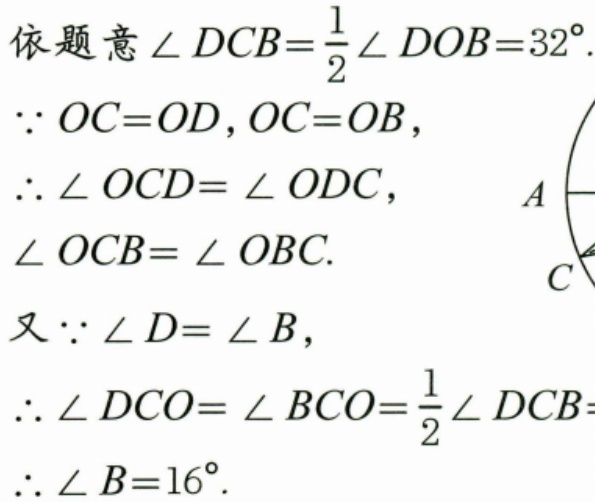
依题意\(\angle DCB=\frac{1}{2}\angle DOB = 32^{\circ}\).
\(\because OC = OD\), \(OC = OB\),
\(\therefore\angle OCD=\angle ODC\),
\(\angle OCB=\angle OBC\).
又\(\because\angle D=\angle B\),
\(\therefore\angle DCO=\angle BCO=\frac{1}{2}\angle DCB\)
\(\therefore\angle B = 16^{\circ}\).